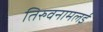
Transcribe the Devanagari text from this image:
तिरुवनामलई